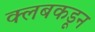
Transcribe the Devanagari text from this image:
क्‍लबकडून